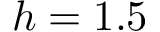
h = 1 . 5